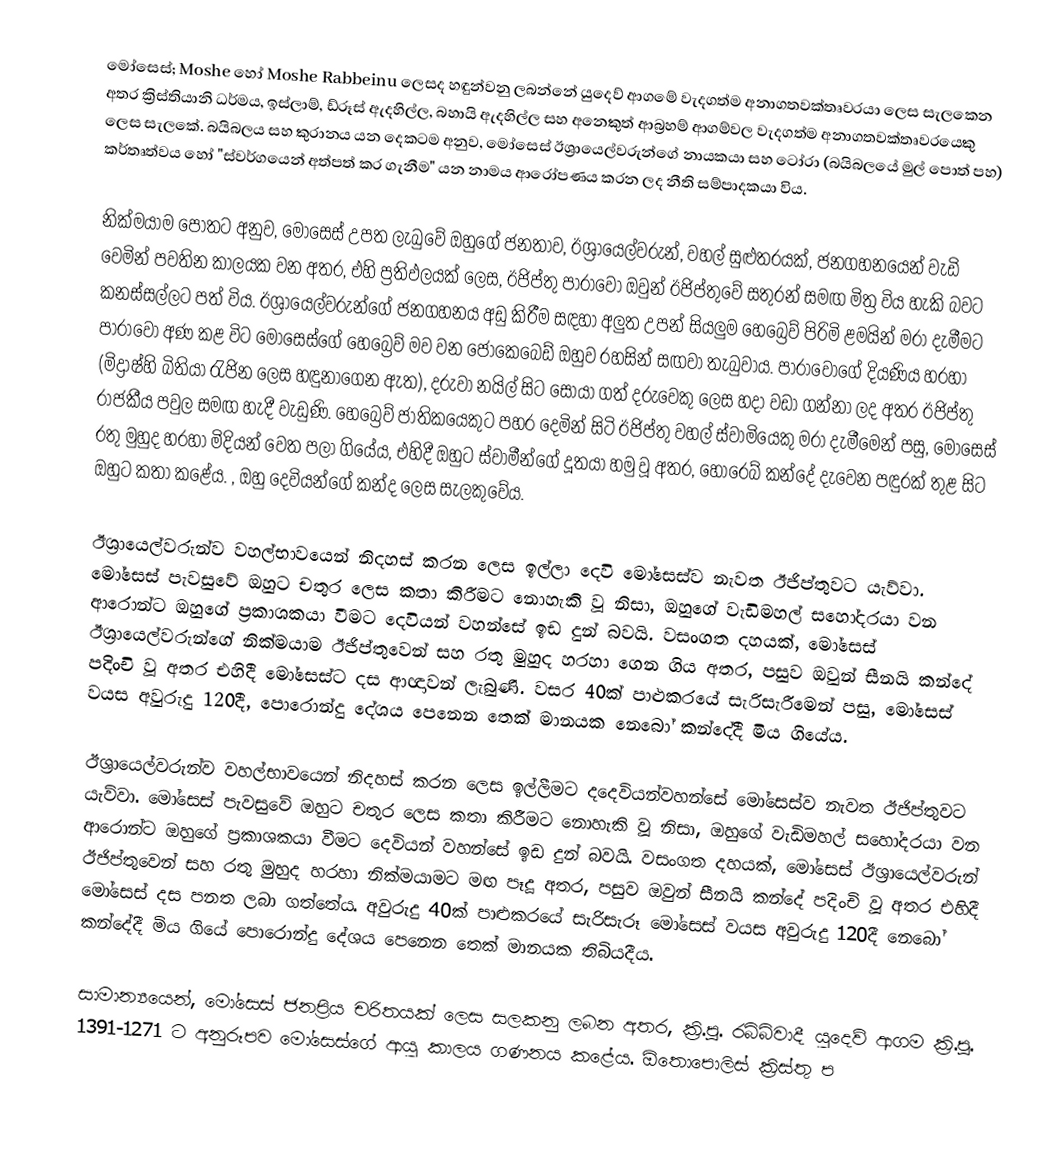
මෝසෙස්; Moshe හෝ Moshe Rabbeinu ලෙසද හඳුන්වනු ලබන්නේ යුදෙව් ආගමේ වැදගත්ම අනාගතවක්තෘවරයා ලෙස සැලකෙන අතර ක්‍රිස්තියානි ධර්මය, ඉස්ලාම්, ඩ්රූස් ඇදහිල්ල, බහායි ඇදහිල්ල සහ අනෙකුත් ආබ්‍රහම් ආගම්වල වැදගත්ම අනාගතවක්තෘවරයෙකු ලෙස සැලකේ. බයිබලය සහ කුරානය යන දෙකටම අනුව, මෝසෙස් ඊශ්‍රායෙල්වරුන්ගේ නායකයා සහ ටෝරා (බයිබලයේ මුල් පොත් පහ) කර්තෘත්වය හෝ "ස්වර්ගයෙන් අත්පත් කර ගැනීම" යන නාමය ආරෝපණය කරන ලද නීති සම්පාදකයා විය.

නික්මයාම පොතට අනුව, මෝසෙස් උපත ලැබුවේ ඔහුගේ ජනතාව, ඊශ්‍රායෙල්වරුන්, වහල් සුළුතරයක්, ජනගහනයෙන් වැඩි වෙමින් පවතින කාලයක වන අතර, එහි ප්‍රතිඵලයක් ලෙස, ඊජිප්තු පාරාවෝ ඔවුන් ඊජිප්තුවේ සතුරන් සමඟ මිත්‍ර විය හැකි බවට කනස්සල්ලට පත් විය. ඊශ්‍රායෙල්වරුන්ගේ ජනගහනය අඩු කිරීම සඳහා අලුත උපන් සියලුම හෙබ්‍රෙව් පිරිමි ළමයින් මරා දැමීමට පාරාවෝ අණ කළ විට මෝසෙස්ගේ හෙබ්‍රෙව් මව වන ජොකෙබෙඩ් ඔහුව රහසින් සඟවා තැබුවාය. පාරාවෝගේ දියණිය හරහා (මිද්‍රාෂ්හි බිතියා රැජින ලෙස හඳුනාගෙන ඇත), දරුවා නයිල් සිට සොයා ගත් දරුවෙකු ලෙස හදා වඩා ගන්නා ලද අතර ඊජිප්තු රාජකීය පවුල සමඟ හැදී වැඩුණි. හෙබ්‍රෙව් ජාතිකයෙකුට පහර දෙමින් සිටි ඊජිප්තු වහල් ස්වාමියෙකු මරා දැමීමෙන් පසු, මෝසෙස් රතු මුහුද හරහා මිදියන් වෙත පලා ගියේය, එහිදී ඔහුට ස්වාමීන්ගේ දූතයා හමු වූ අතර, හොරෙබ් කන්දේ දැවෙන පඳුරක් තුළ සිට ඔහුට කතා කළේය. , ඔහු දෙවියන්ගේ කන්ද ලෙස සැලකුවේය.

ඊශ්‍රායෙල්වරුන්ව වහල්භාවයෙන් නිදහස් කරන ලෙස ඉල්ලා දෙවි මෝසෙස්ව නැවත ඊජිප්තුවට යැව්වා. මෝසෙස් පැවසුවේ ඔහුට චතුර ලෙස කතා කිරීමට නොහැකි වූ නිසා, ඔහුගේ වැඩිමහල් සහෝදරයා වන ආරොන්ට ඔහුගේ ප්‍රකාශකයා වීමට දෙවියන් වහන්සේ ඉඩ දුන් බවයි. වසංගත දහයක්, මෝසෙස් ඊශ්‍රායෙල්වරුන්ගේ නික්මයාම ඊජිප්තුවෙන් සහ රතු මුහුද හරහා ගෙන ගිය අතර, පසුව ඔවුන් සීනයි කන්දේ පදිංචි වූ අතර එහිදී මෝසෙස්ට දස ආඥාවන් ලැබුණි. වසර 40ක් පාළුකරයේ සැරිසැරීමෙන් පසු, මෝසෙස් වයස අවුරුදු 120දී, පොරොන්දු දේශය පෙනෙන තෙක් මානයක නෙබෝ කන්දේදී මිය ගියේය.

ඊශ්‍රායෙල්වරුන්ව වහල්භාවයෙන් නිදහස් කරන ලෙස ඉල්ලීමට දදෙවියන්වහන්සේ මෝසෙස්ව නැවත ඊජිප්තුවට යැව්වා. මෝසෙස් පැවසුවේ ඔහුට චතුර ලෙස කතා කිරීමට නොහැකි වූ නිසා, ඔහුගේ වැඩිමහල් සහෝදරයා වන ආරොන්ට ඔහුගේ ප්‍රකාශකයා වීමට දෙවියන් වහන්සේ ඉඩ දුන් බවයි. වසංගත දහයක්, මෝසෙස් ඊශ්‍රායෙල්වරුන් ඊජිප්තුවෙන් සහ රතු මුහුද හරහා නික්මයාමට මඟ පෑදූ අතර, පසුව ඔවුන් සීනයි කන්දේ පදිංචි වූ අතර එහිදී මෝසෙස් දස පනත ලබා ගත්තේය. අවුරුදු 40ක් පාළුකරයේ සැරිසැරූ මෝසෙස් වයස අවුරුදු 120දී නෙබෝ කන්දේදී මිය ගියේ පොරොන්දු දේශය පෙනෙන තෙක් මානයක තිබියදීය.

සාමාන්‍යයෙන්, මෝසෙස් ජනප්‍රිය චරිතයක් ලෙස සලකනු ලබන අතර, ක්‍රි.පූ. රබ්බිවාදී යුදෙව් ආගම ක්‍රි.පූ. 1391-1271 ට අනුරූපව මෝසෙස්ගේ ආයු කාලය ගණනය කළේය. ඕතොපොලිස් ක්‍රිස්තු ප